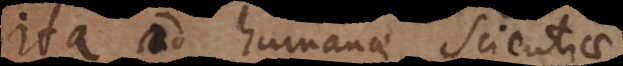
ita ad humanae scientiae